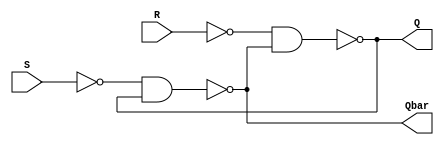
module sr_latch (
    input S,
    input R,
    output Q,
    output Qbar
);

    wire not_S;
    wire not_R;

    assign not_S = ~S;
    assign not_R = ~R;

    nand gate1(
        Q,
        not_R,
        Qbar
    );

    nand gate2(
        Qbar,
        not_S,
        Q
    );

endmodule